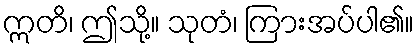
ဣတိ၊ ဤသို့။ သုတံ၊ ကြားအပ်ပါ၏။